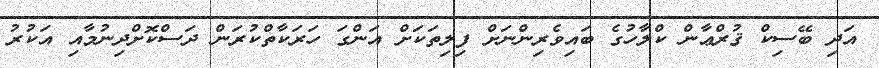
އަދި ބޭސިކް ޤުރްޢާން ކްލާހުގެ ބައިވެރިންނަށް ފިލިތަކަށް އަންގަ ހަރަކާތްކުރަން ދަސްކޮށްދިނުމާއި އަކުރު